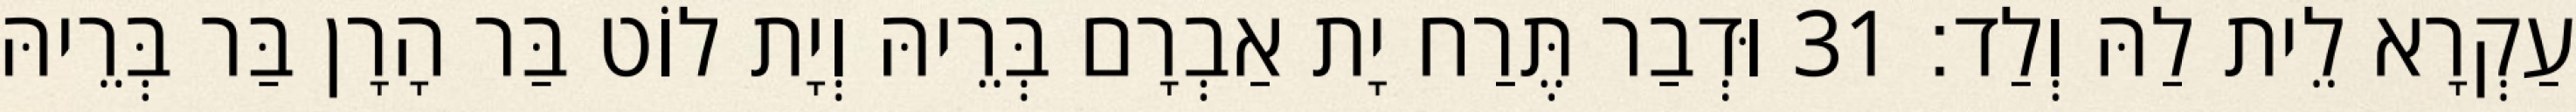
עַקְרָא לֵית לַהּ וְלַד׃ 31 וּדְבַר תֶּרַח יָת אַבְרָם בְּרֵיהּ וְיָת לוֹט בַּר הָרָן בַּר בְּרֵיהּ